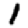
Digit: 1